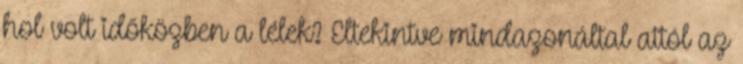
hol volt időközben a lélek? Eltekintve mindazonáltal attól az